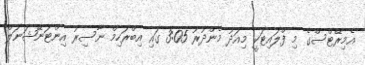
އެމިރޭޓްސްގެ މި ފްލައިޓަކީ މިއަދު މެންދުރު 3:05 ގައި އިބްރަހިމް ނާސިރު އިންޓަނޭޝަނަލް